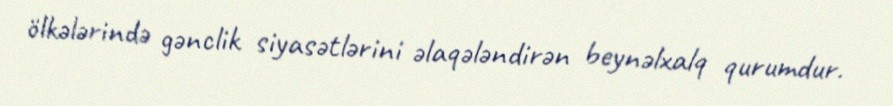
ölkələrində gənclik siyasətlərini əlaqələndirən beynəlxalq qurumdur.